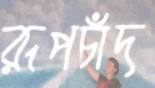
রূপচাঁদ